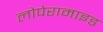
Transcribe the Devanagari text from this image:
लोपेरामाइड